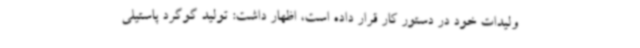
ولیدات خود در دستور کار قرار داده است، اظهار داشت: تولید گوگرد پاستیلی